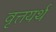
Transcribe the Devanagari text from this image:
वृत्तयर्थ